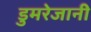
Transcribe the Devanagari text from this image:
डुमरेजानी